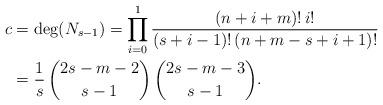
LaTeX: \begin{align*}c&=\deg(N_{s-1})= \prod_{i=0}^1\frac{(n+i+m)!\, i!}{(s+i-1)!\, (n+m-s+i+1)!} \\&=\frac{1}{s}\,\binom{2s-m-2}{s-1}\,\binom{2s-m-3}{s-1}.\end{align*}